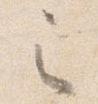
之